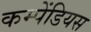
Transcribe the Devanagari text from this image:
कम्पेंडियस